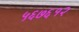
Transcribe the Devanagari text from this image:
५६७६१२